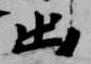
出